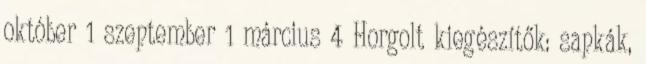
október 1 szeptember 1 március 4 Horgolt kiegészítők: sapkák,